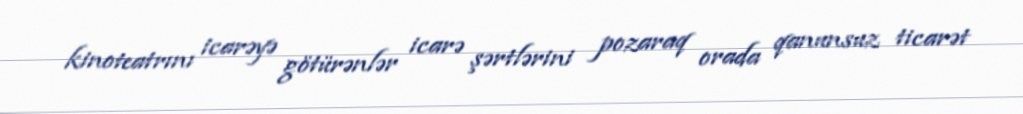
kinoteatrını icarəyə götürənlər icarə şərtlərini pozaraq orada qanunsuz ticarət